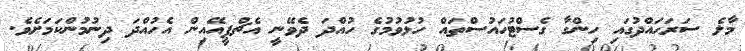
މާލެ ސަރަޙައްދުގައި ހިންގާ ގެސްޓުހައުސްތައް ހުޅުވުމުގެ ހުއްދަ ދެވޭނީ އެޗްޕީއޭއިން އެހުއްދަ ދިނުމުންކަމަށެވެ.